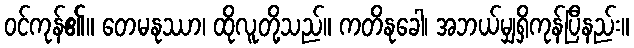
ဝင်ကုန်၏။ တေမနုဿာ၊ ထိုလူတို့သည်။ ကတိနုခေါ၊ အဘယ်မျှရှိကုန်ပြီနည်း။